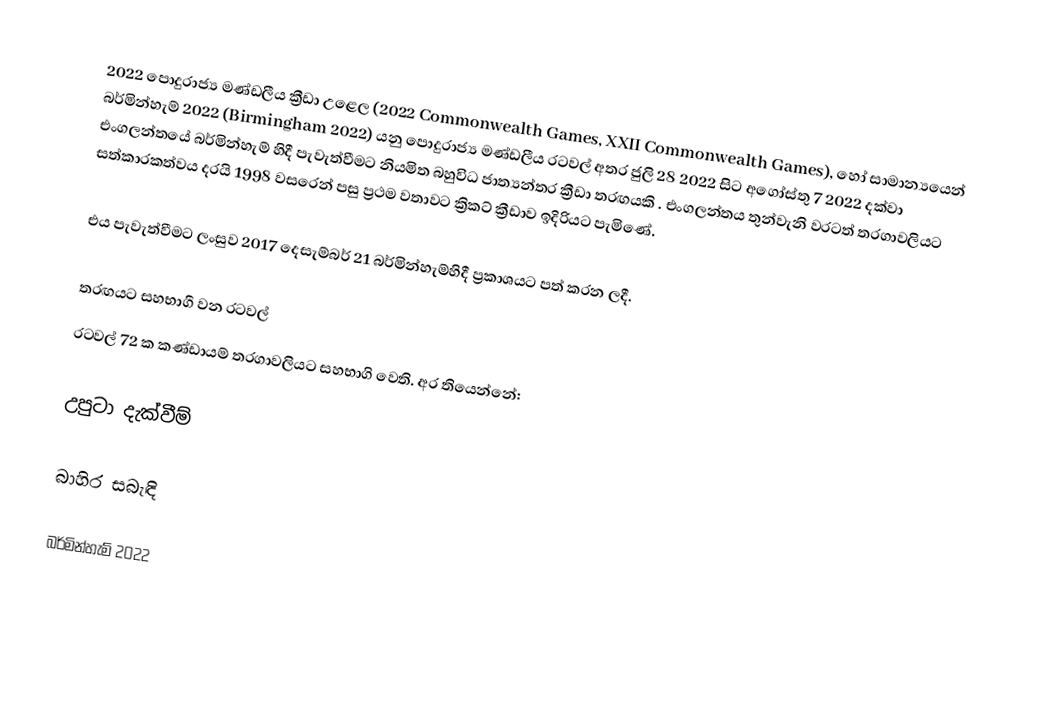
2022 පොදුරාජ්‍ය මණ්ඩලීය ක්‍රීඩා උළෙල (2022 Commonwealth Games, XXII Commonwealth Games), හෝ සාමාන්‍යයෙන් බර්මින්හැම් 2022 (Birmingham 2022) යනු පොදුරාජ්‍ය මණ්ඩලීය රටවල් අතර ජුලි 28 2022 සිට අගෝස්තු 7 2022 දක්වා එංගලන්තයේ බර්මින්හැම් හිදී පැවැත්වීමට නියමිත බහුවිධ ජාත්‍යන්තර ක්‍රීඩා තරඟයකි .  එංගලන්තය තුන්වැනි වරටත් තරගාවලියට සත්කාරකත්වය දරයි   1998 වසරෙන් පසු ප්‍රථම වතාවට ක්‍රිකට් ක්‍රීඩාව ඉදිරියට පැමිණේ.

එය පැවැත්වීමට ලංසුව 2017 දෙසැම්බර් 21 බර්මින්හැම්හිදී ප්‍රකාශයට පත් කරන ලදී.

තරඟයට සහභාගී වන රටවල්
රටවල් 72 ක කණ්ඩායම් තරගාවලියට සහභාගි වෙති. අර තියෙන්නේ:

උපුටා දැක්වීම්

බාහිර සබැඳි

 බර්මින්හැම් 2022